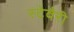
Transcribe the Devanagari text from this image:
स्टेवैरी